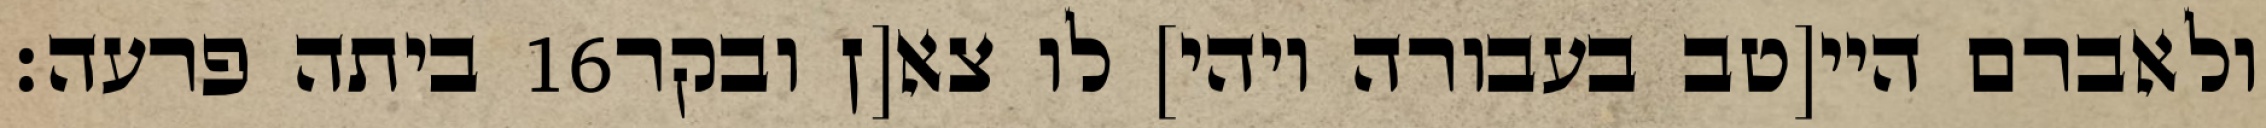
ביתה פרעה׃ ‎16‏ ולאברם היי[טב בעבורה ויהי] לו צא[ן ובקר